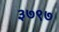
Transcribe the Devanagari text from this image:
३७९७